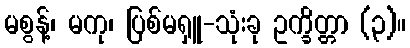
မစွန့်၊ မကု၊ ပြစ်မရှူ-သုံးခု ဥက္ခိတ္တာ (၃)။